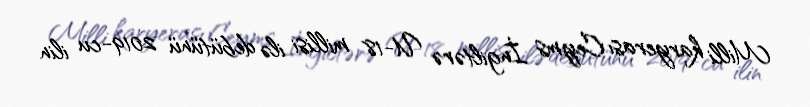
Milli karyerası Ceyms İngiltərə U-18 millisi ilə debütünü 2019-cu ilin